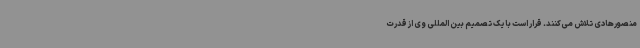
منصورهادی تلاش می‌کنند. قرار است با یک تصمیم بین المللی وی از قدرت